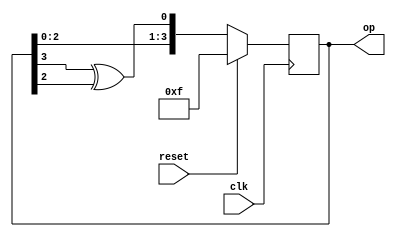
module LFSR(input clk,reset,output reg [3:0] op);//linear feedback shift register
  always@(posedge clk)
    begin
      if(reset)
        op<=4'hf;
      else
        op<={op[2:0],op[3]^op[2]};
    end
endmodule